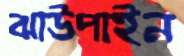
ঝাউপাইন